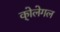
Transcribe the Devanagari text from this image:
को्लेगल